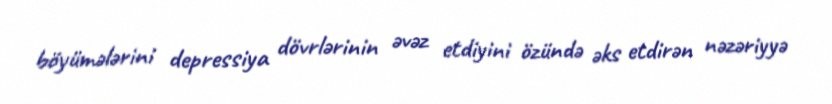
böyümələrini depressiya dövrlərinin əvəz etdiyini özündə əks etdirən nəzəriyyə